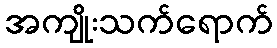
အကျိုးသက်ရောက်